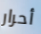
أحرار